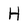
Character: H